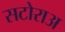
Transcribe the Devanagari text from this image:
सटोराअ